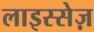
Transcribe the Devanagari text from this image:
लाइस्सेज़